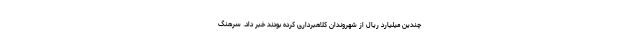
چندین میلیارد ریال از شهروندان کلاهبرداری کرده بودند خبر داد. سرهنگ